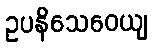
ဥပနိသေဝေယျ